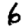
Digit: 6